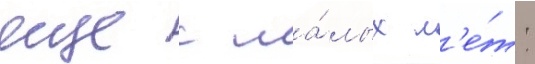
еще с ма́лых л'е́т: